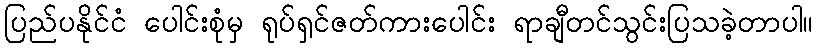
ပြည်ပနိုင်ငံ ပေါင်းစုံမှ ရုပ်ရှင်ဇတ်ကားပေါင်း ရာချီတင်သွင်းပြသခဲ့တာပါ။